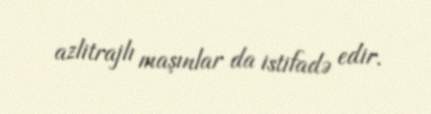
azlitrajlı maşınlar da istifadə edir.